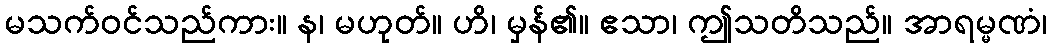
မသက်ဝင်သည်ကား။ န၊ မဟုတ်။ ဟိ၊ မှန်၏။ ဧသာ၊ ဤသတိသည်။ အာရမ္မဏံ၊